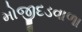
મોજીદડવાળા